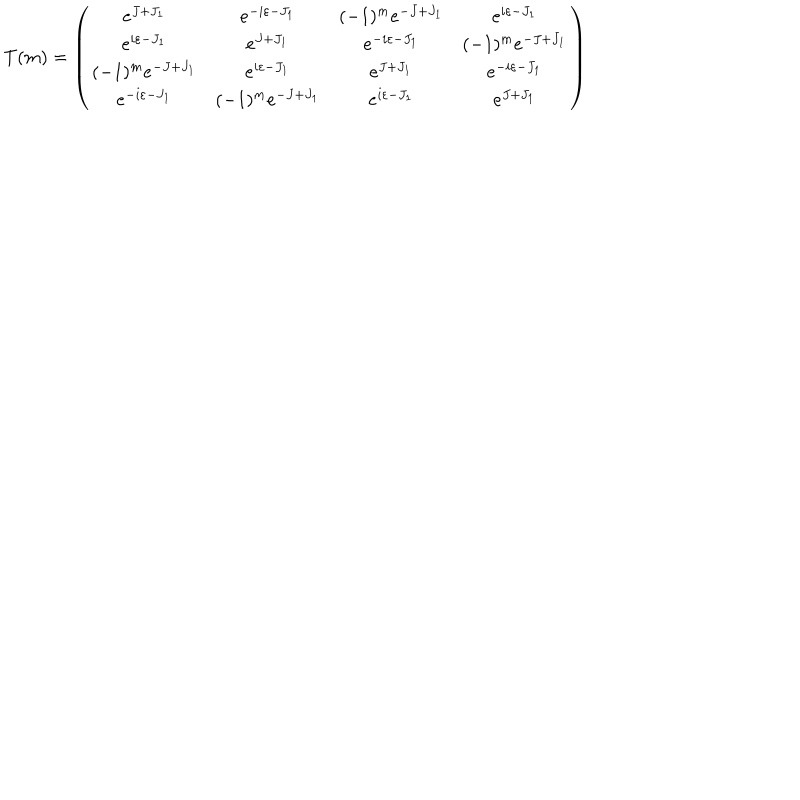
T ( m ) = \left( \begin{array} { c c c c } { { e ^ { J + J _ { 1 } } } } & { { e ^ { - i \varepsilon - J _ { 1 } } } } & { { ( - 1 ) ^ { m } e ^ { - J + J _ { 1 } } } } & { { e ^ { i \varepsilon - J _ { 1 } } } } \\ { { e ^ { i \varepsilon - J _ { 1 } } } } & { { e ^ { J + J _ { 1 } } } } & { { e ^ { - i \varepsilon - J _ { 1 } } } } & { { ( - 1 ) ^ { m } e ^ { - J + J _ { 1 } } } } \\ { { ( - 1 ) ^ { m } e ^ { - J + J _ { 1 } } } } & { { e ^ { i \varepsilon - J _ { 1 } } } } & { { e ^ { J + J _ { 1 } } } } & { { e ^ { - i \varepsilon - J _ { 1 } } } } \\ { { e ^ { - i \varepsilon - J _ { 1 } } } } & { { ( - 1 ) ^ { m } e ^ { - J + J _ { 1 } } } } & { { e ^ { i \varepsilon - J _ { 1 } } } } & { { e ^ { J + J _ { 1 } } } } \\ \end{array} \right)